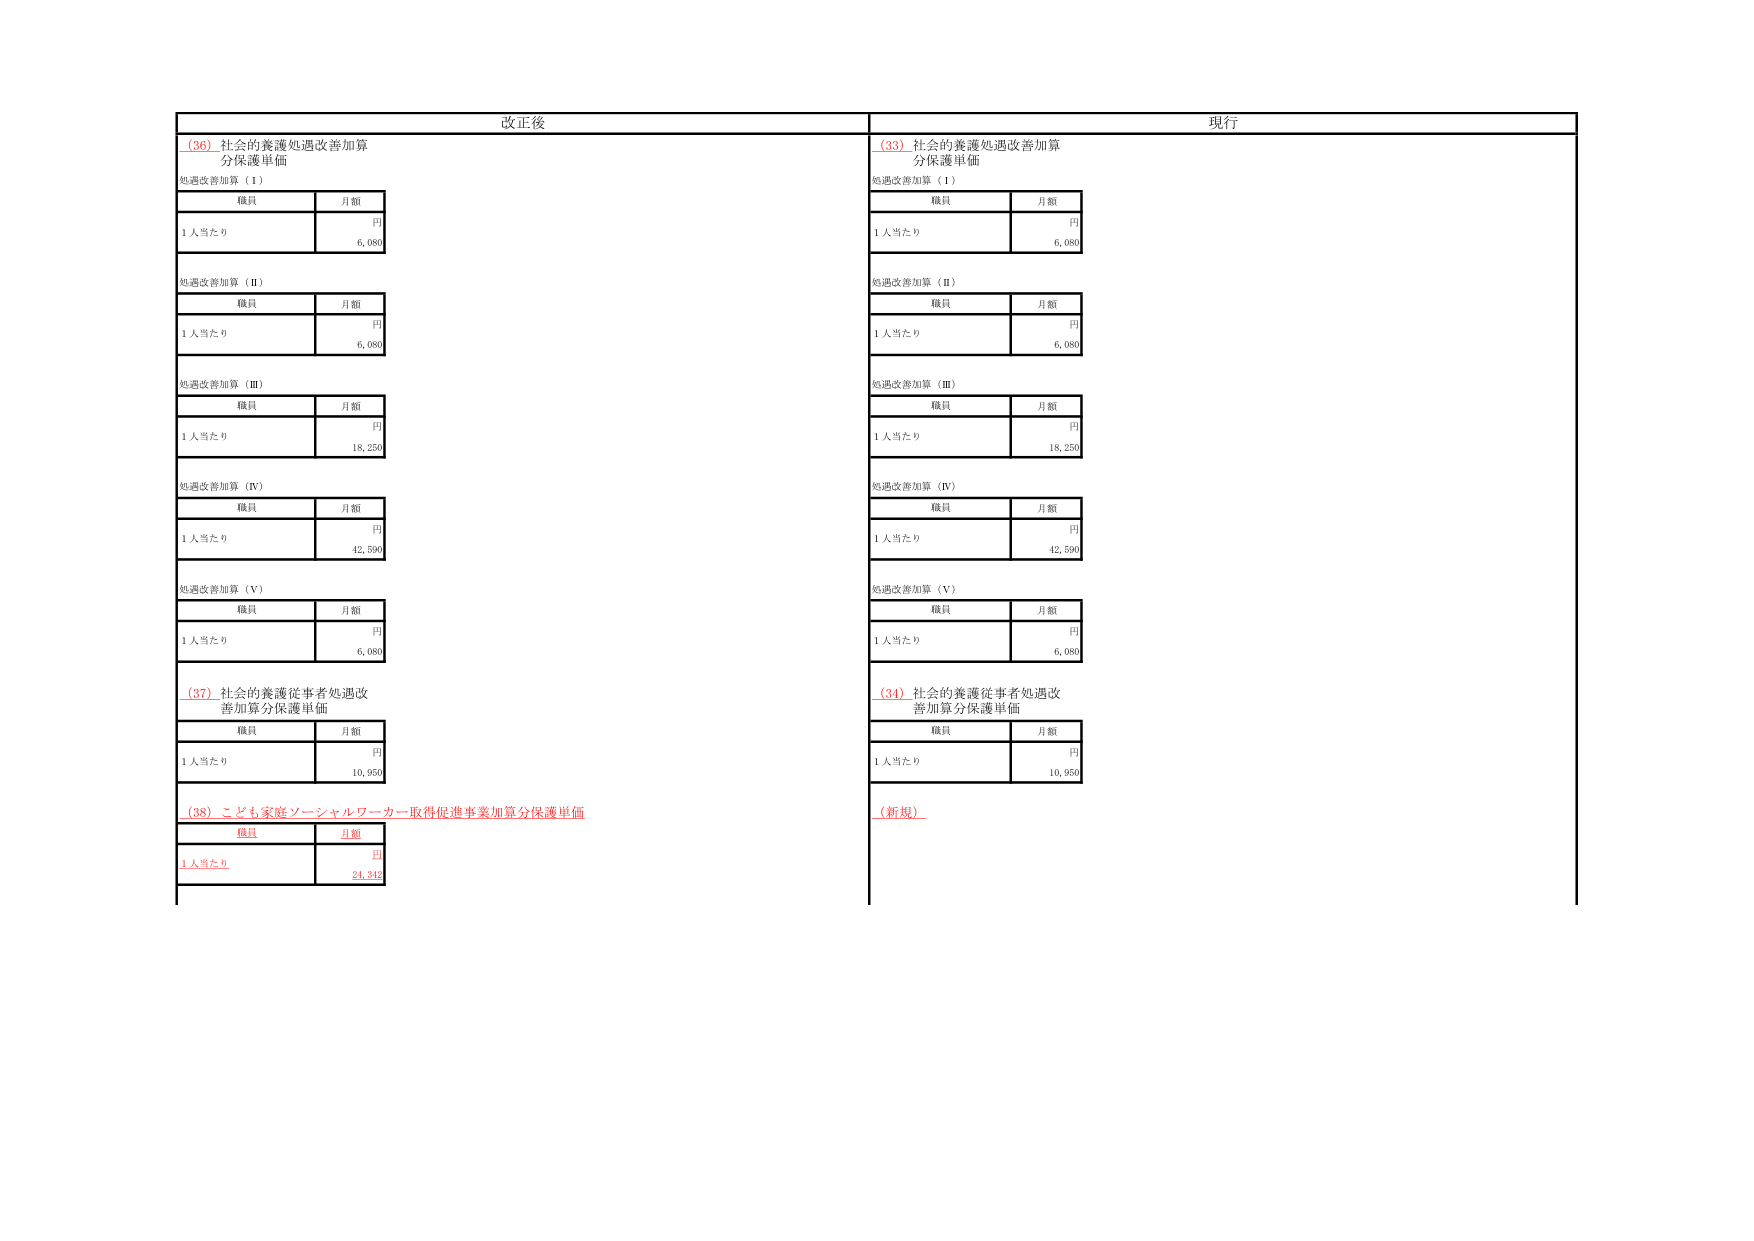
改正後
（36）社会的養護処遇改善加算
分保護単価
処遇改善加算（Ⅰ）
職員
月額
1人当たり
円
6,080
処遇改善加算（Ⅱ）
職員
月額
1人当たり
円
6,080
処遇改善加算（Ⅲ）
職員
月額
1人当たり
円
18,250
処遇改善加算（Ⅳ）
職員
月額
1人当たり
円
42,590
処遇改善加算（Ⅴ）
職員
月額
1人当たり
円
6,080
（37）社会的養護従事者処遇改善加算分保護単価
職員
月額
1人当たり
円
10,950
（38）こども家庭ソーシャルワーカー取得促進事業加算分保護単価
職員
月額
1人当たり
円
24,345
現行
（33）社会的養護処遇改善加算
分保護単価
処遇改善加算（Ⅰ）
職員
月額
1人当たり
円
6,080
処遇改善加算（Ⅱ）
職員
月額
1人当たり
円
6,080
処遇改善加算（Ⅲ）
職員
月額
1人当たり
円
18,250
処遇改善加算（Ⅳ）
職員
月額
1人当たり
円
42,590
処遇改善加算（Ⅴ）
職員
月額
1人当たり
円
6,080
（34）社会的養護従事者処遇改善加算分保護単価
職員
月額
1人当たり
円
10,950
（新規）